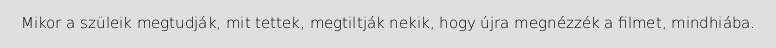
Mikor a szüleik megtudják, mit tettek, megtiltják nekik, hogy újra megnézzék a filmet, mindhiába.